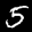
Label: 5